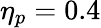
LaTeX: \eta_{p}=0.4